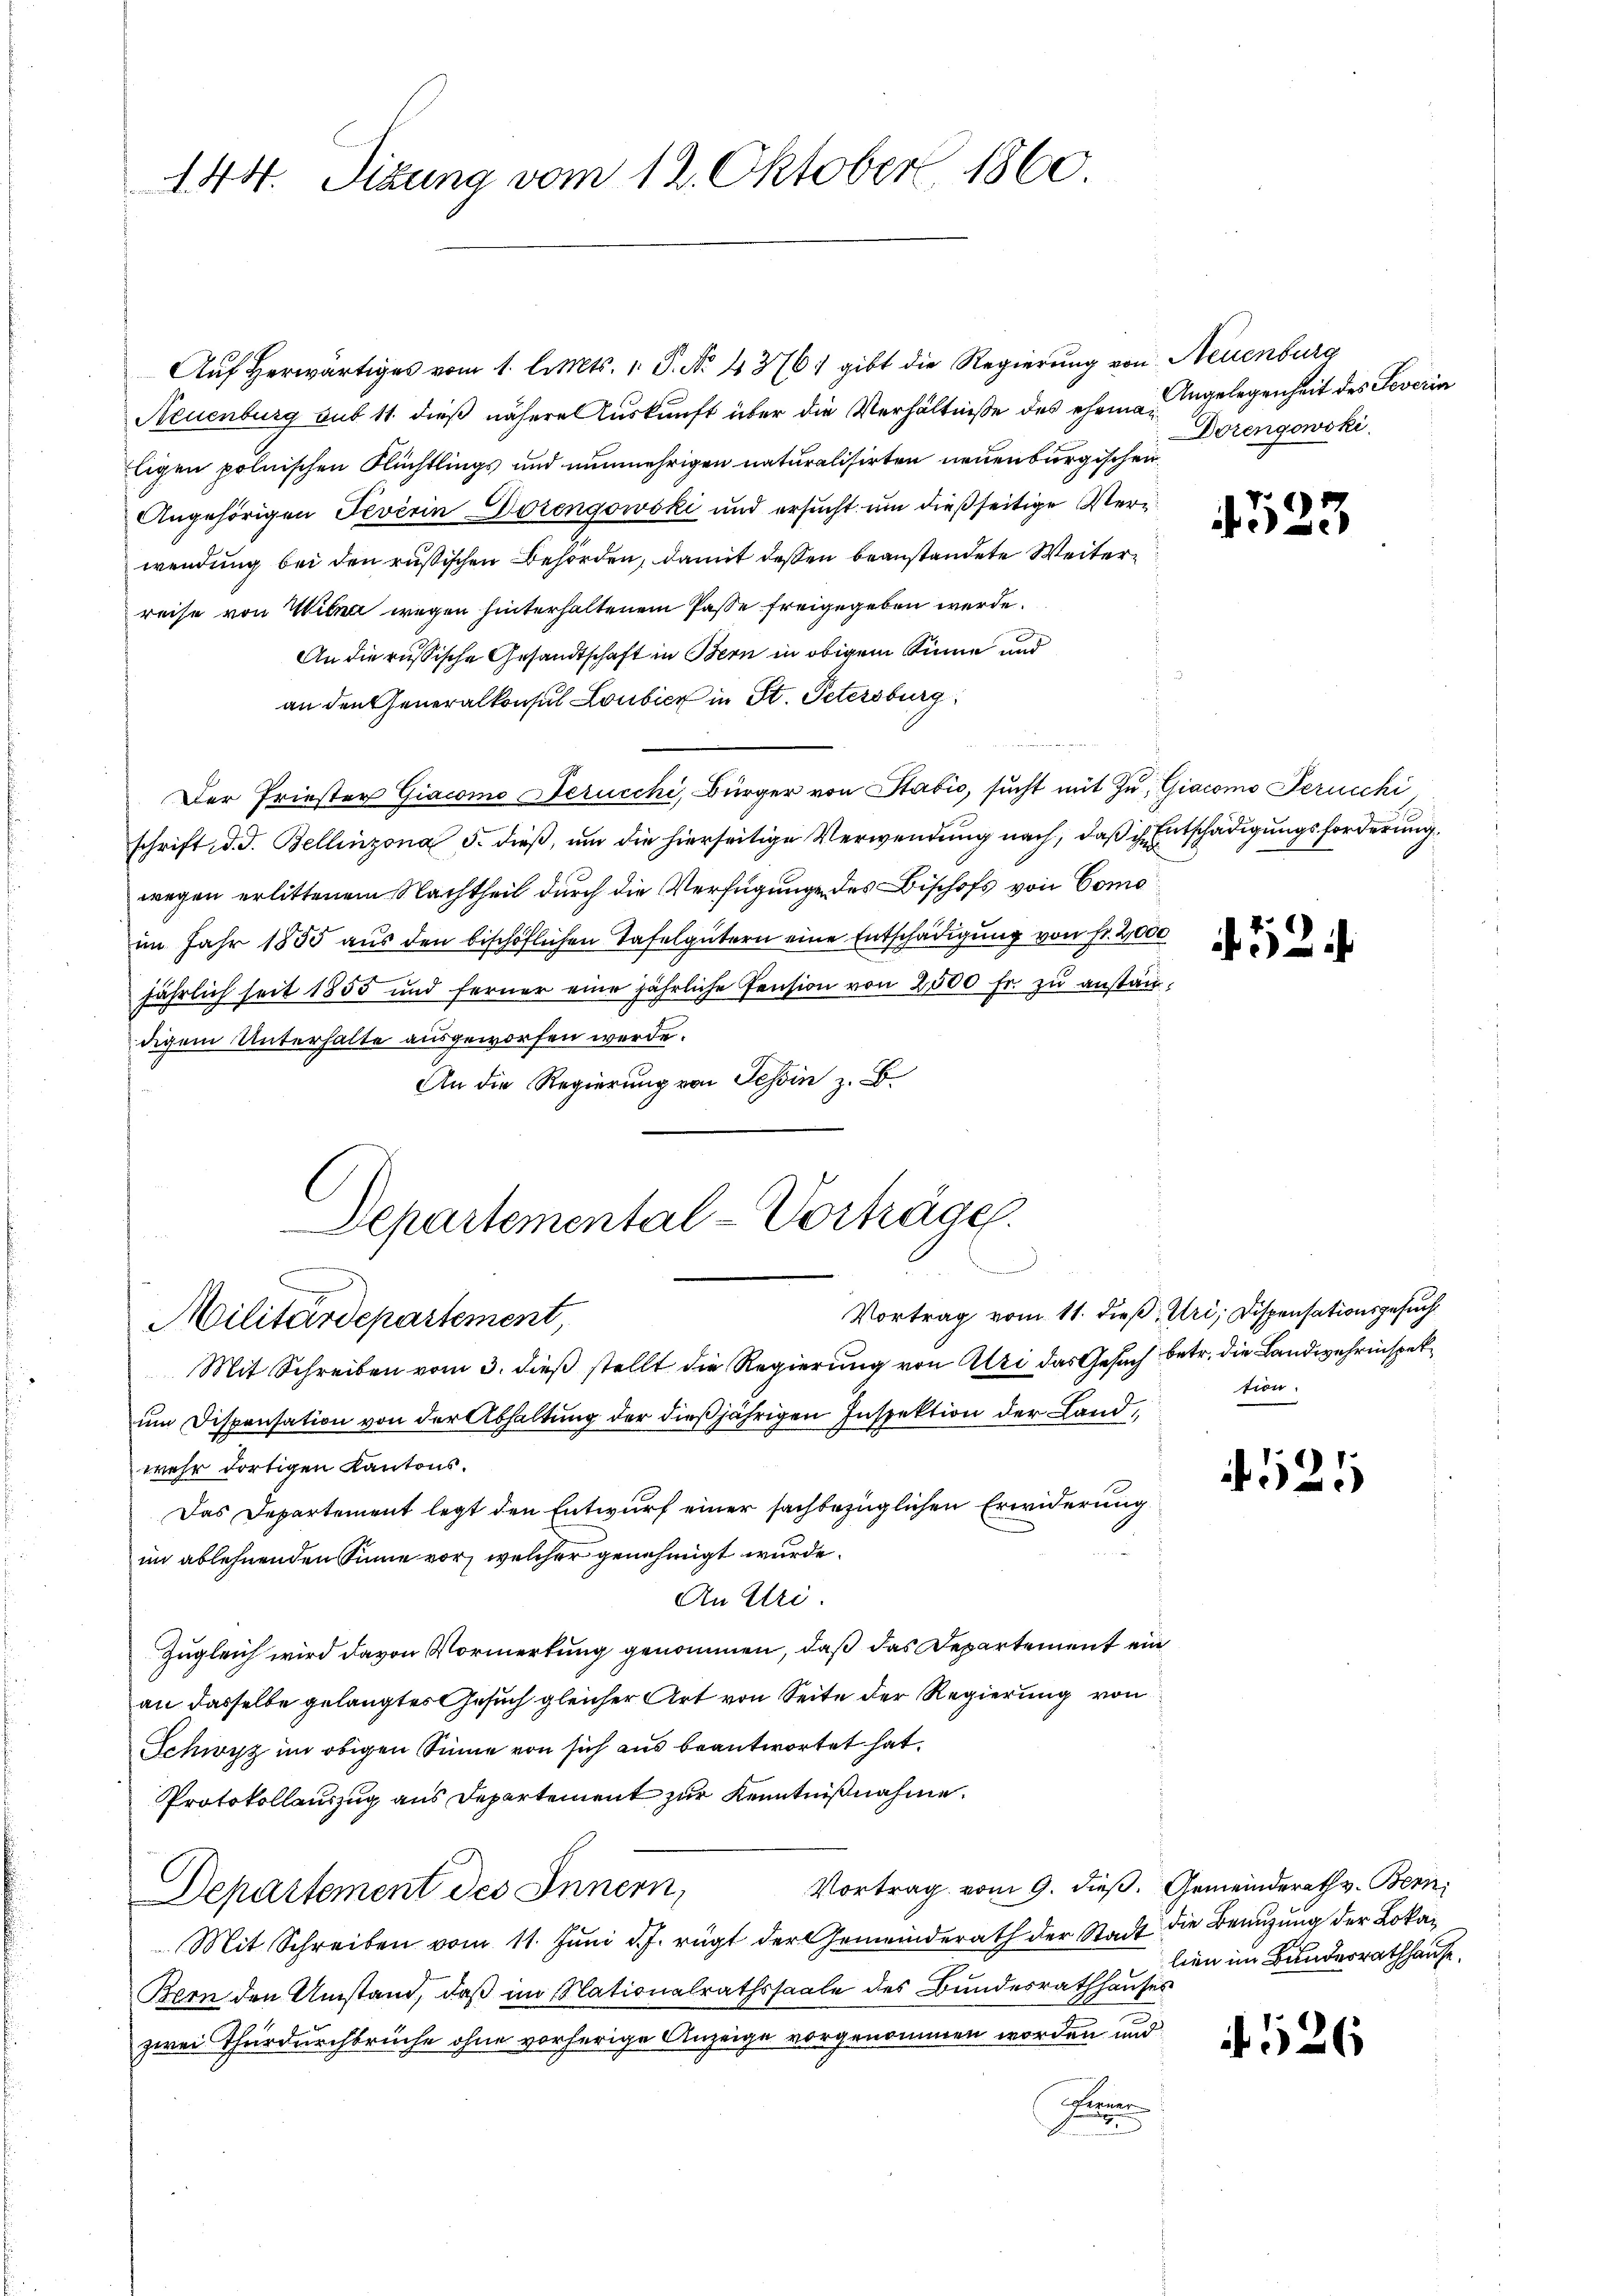
144. Sizung vom 12. Oktober 1860.

Auf herwärtiges vom 1. l. Mts. v. P. No. 4376, gibt die Regierung von Neuenburg
Neuenburg sub 11 dieß nähere Auskunft über die Verhältniße des ehem Angelegenheit des Joverin
ligen polnischen Flüchtlings und nunmehrigen naturalisirten neuenburgischen
Angehörigen Neverin Dorengowski und ersucht um dießseitige Verwendung bei den rußischen Behörden, damit dessen beanstandete Weiterreise von Wiena wegen hinterhaltenem Pässe freigegeben werde.
An die russische Gesandtschaft in Bern in obigem Sinne und
an den Generalkonsul Loubier in St. Petersburg
Der Friester Giacomo Derucchi, Bürger von Stabić, sucht mit zu, Giacomo Jeruschi
schrift d. J. Bellinzona 5. dieß, um die hierseitige Verwendung nach, daß ich Entschädigungsforderung
wegen erlittenem Nachtheil durch die Verfügung des Bischofs von Como
im Jahr 1855 aus den bischöflichen Tafelgütern eine Entschädigung von Fr. 2,000
jährlich seit 1855 und ferner eine jährliche Pension von 2500 fr. zu anstandigem Unterhalte ausgeworfen werde.
An die Regierung von Tessin z. B.
Departemental-Vorträge.
und
Vortrag vom 11. dieß: Uri, Dispensationsgesuch
Militärdepartement,
Mit Schreiben vom 3. dieß stellt die Regierung von Uri das Gesuch betr. die Landwehrinspet
um Dispensation von der Abhaltung der dießjährigen Inspektion der Land
wehr dortigen Kantons¬
Das Departement legt den Entwurf einer sachbezüglichen Erwiderung
im ablehnenden Sinne vor, welcher genehmigt wurde.
An Uri
Zugleich wird davon Vormerkung genommen, daß das Departement ein
an dasselbe gelangtes Gesuch gleicher Art von Seite der Regierung von
Schwyz im obigen Sinne von sich aus beantwortet hat.
Protokollauszug aus Departement zur Kenntnißnahme.
Vortrag vom 9. dieß. Gemeinderath v. Bern,
Departement des Innern,
Mit Schreiben vom 11. Juni d.J. rügt der Gemeinderath der Stadt die Benuzung der Loka¬
Bern den Umstand, daß im Nationalrathssaale des Bundesrathhauses
zwei Thürdurchbrüche ohne vorherige Anzeige vorgenommen worden und
Panner
2

Dorengowski.

23

52.

tion.

4521

lien im Bundesrathhause.

526